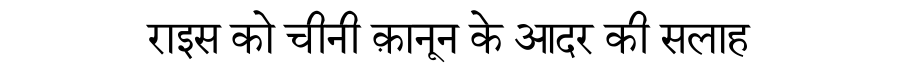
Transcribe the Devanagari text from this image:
राइस को चीनी क़ानून के आदर की सलाह